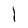
Character: l